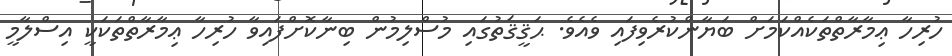
ހުރިހާ ޢިމާރާތްތަކެއްކަމަށް ބަޔާންކުރެވިފައި ވެއެވެ. ޙަޤީޤަތުގައި މުސްލިމުން ބިނާކޮށްފައިވާ ހުރިހާ ޢިމާރާތްތަކަކީ އިސްލާމީ